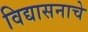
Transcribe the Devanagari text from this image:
विद्यासनाचे